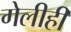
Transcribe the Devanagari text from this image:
गेलीही